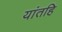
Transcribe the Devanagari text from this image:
यांतहि